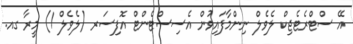
އޭ ސްޓްރެޓެޖިކް ލެވެލް ނިންމާފައިވުން އެސިސްޓެންޓް އޮފިސަރ (ލެވެލް 1) މީރާ ގއ.